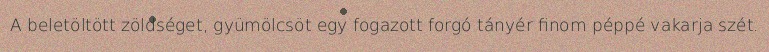
A beletöltött zöldséget, gyümölcsöt egy fogazott forgó tányér finom péppé vakarja szét.